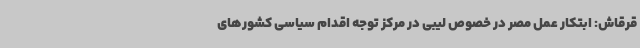
قرقاش: ابتکار عمل مصر در خصوص لیبی در مرکز توجه اقدام سیاسی کشورهای